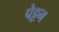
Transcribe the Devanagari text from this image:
पेट्टन